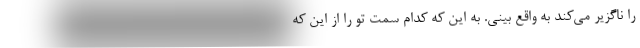
را ناگزیر می‌کند به واقع بینی. به این که کدام سمت تو را از این که